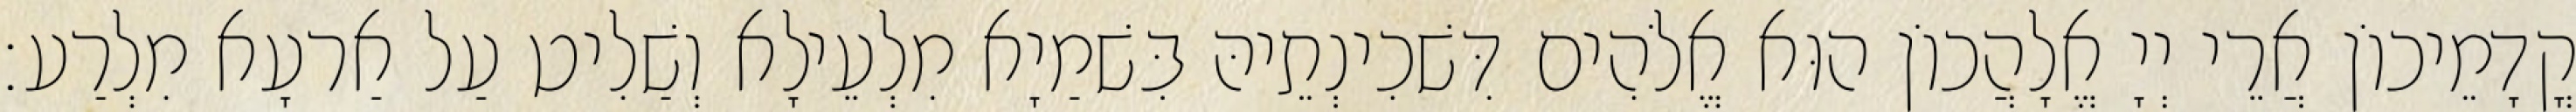
קֳדָמֵיכוֹן אֲרֵי יְיָ אֱלָהֲכוֹן הוּא אֱלֹהִים דִּשׁכִינְתֵיהּ בִּשׁמַיָא מִלְעֵילָא וְשַׁלִיט עַל אַרעָא מִלְרַע׃